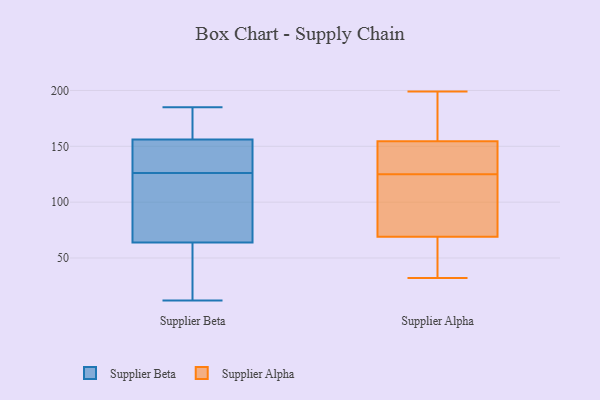
{"axis": {"x": "Churn Rate (%)", "y": "Value"}, "legend": ["Supplier Alpha", "Supplier Beta"], "data": [{"x": "", "y": 30, "type": "Supplier Beta"}, {"x": "", "y": 12, "type": "Supplier Beta"}, {"x": "", "y": 185, "type": "Supplier Beta"}, {"x": "", "y": 87, "type": "Supplier Beta"}, {"x": "", "y": 178, "type": "Supplier Beta"}, {"x": "", "y": 159, "type": "Supplier Beta"}, {"x": "", "y": 64, "type": "Supplier Beta"}, {"x": "", "y": 126, "type": "Supplier Beta"}, {"x": "", "y": 136, "type": "Supplier Beta"}, {"x": "", "y": 63, "type": "Supplier Beta"}, {"x": "", "y": 23, "type": "Supplier Beta"}, {"x": "", "y": 155, "type": "Supplier Beta"}, {"x": "", "y": 78, "type": "Supplier Beta"}, {"x": "", "y": 127, "type": "Supplier Beta"}, {"x": "", "y": 81, "type": "Supplier Beta"}, {"x": "", "y": 178, "type": "Supplier Beta"}, {"x": "", "y": 142, "type": "Supplier Beta"}, {"x": "", "y": 128, "type": "Supplier Alpha"}, {"x": "", "y": 160, "type": "Supplier Alpha"}, {"x": "", "y": 130, "type": "Supplier Alpha"}, {"x": "", "y": 41, "type": "Supplier Alpha"}, {"x": "", "y": 81, "type": "Supplier Alpha"}, {"x": "", "y": 199, "type": "Supplier Alpha"}, {"x": "", "y": 99, "type": "Supplier Alpha"}, {"x": "", "y": 143, "type": "Supplier Alpha"}, {"x": "", "y": 174, "type": "Supplier Alpha"}, {"x": "", "y": 82, "type": "Supplier Alpha"}, {"x": "", "y": 103, "type": "Supplier Alpha"}, {"x": "", "y": 149, "type": "Supplier Alpha"}, {"x": "", "y": 198, "type": "Supplier Alpha"}, {"x": "", "y": 32, "type": "Supplier Alpha"}, {"x": "", "y": 33, "type": "Supplier Alpha"}, {"x": "", "y": 122, "type": "Supplier Alpha"}, {"x": "", "y": 35, "type": "Supplier Alpha"}, {"x": "", "y": 57, "type": "Supplier Alpha"}, {"x": "", "y": 160, "type": "Supplier Alpha"}, {"x": "", "y": 143, "type": "Supplier Alpha"}]}